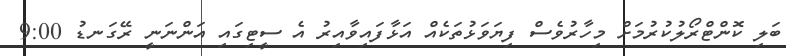
ބަލި ކޮންޓްރޯލުކުރުމަށް މިހާރުވެސް ފިޔަވަޅުތަކެއް އަޅާފައިވާއިރު އެ ސީޓިގައި އަންނަނީ ރޭގަނޑު 9:00